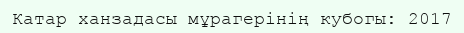
Катар ханзадасы мұрагерінің кубогы: 2017